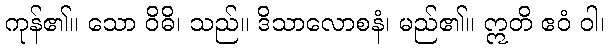
ကုန်၏။ သော ဝိဓိ၊ သည်။ ဒိသာလောစနံ၊ မည်၏။ ဣတိ ဧဝံ ဝါ၊